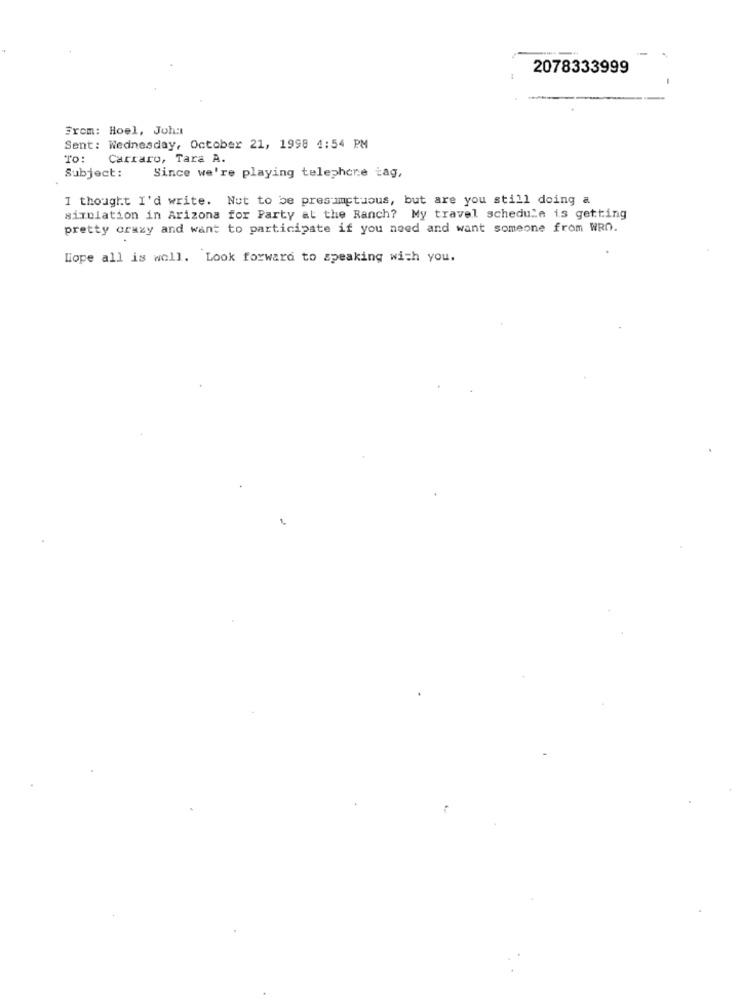
2078333999
From: Hoel, Joh:
Sent: Wednesday, October 21, 1998 4:54 PM
TO:
Carraro, Tara A.
Subject:
Since we're playing telephone tag,
I thought I'd write. Not to be presumptuous, but are you still doing a
simulation in Arizona for Party at the Ranch? My travel schedule is getting
pretty crazy and want to participate if you need and want someone from WRO.
Hope all is well. Look forward to speaking with you.